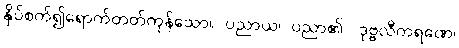
နှိပ်စက်၍ရောက်တတ်ကုန်သော။ ပညာယ၊ ပညာ၏။ ဒုဗ္ဗလီကရဏေ၊